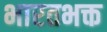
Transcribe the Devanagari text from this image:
भारतभक्त